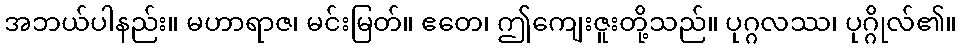
အဘယ်ပါနည်း။ မဟာရာဇ၊ မင်းမြတ်။ ဧတေ၊ ဤကျေးဇူးတို့သည်။ ပုဂ္ဂလဿ၊ ပုဂ္ဂိုလ်၏။